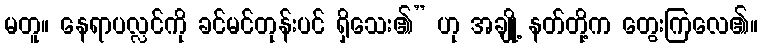
မတူ။ နေရာပလ္လင်ကို ခင်မင်တုန်းပင် ရှိသေး၏” ဟု အချို့ နတ်တို့က တွေးကြလေ၏။